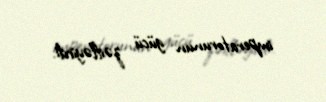
imperatorunun gücü zəifləyirdi.